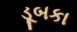
ડૂબકા